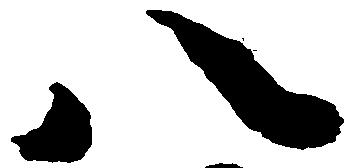
八